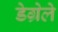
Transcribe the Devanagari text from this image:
डेग्रेले